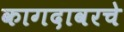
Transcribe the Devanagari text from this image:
कागदावरचे